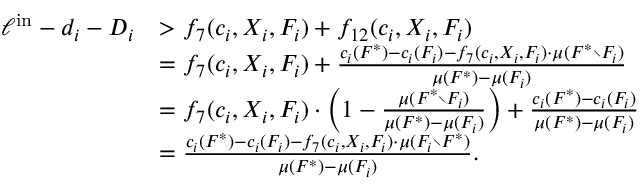
\begin{array} { r l } { \ell ^ { \mathrm { i n } } - d _ { i } - D _ { i } } & { > f _ { 7 } ( c _ { i } , X _ { i } , F _ { i } ) + f _ { 1 2 } ( c _ { i } , X _ { i } , F _ { i } ) } \\ { } & { = f _ { 7 } ( c _ { i } , X _ { i } , F _ { i } ) + \frac { c _ { i } ( F ^ { * } ) - c _ { i } ( F _ { i } ) - f _ { 7 } ( c _ { i } , X _ { i } , F _ { i } ) \cdot \mu ( F ^ { * } \setminus F _ { i } ) } { \mu ( F ^ { * } ) - \mu ( F _ { i } ) } } \\ { } & { = f _ { 7 } ( c _ { i } , X _ { i } , F _ { i } ) \cdot \left( 1 - \frac { \mu ( F ^ { * } \setminus F _ { i } ) } { \mu ( F ^ { * } ) - \mu ( F _ { i } ) } \right) + \frac { c _ { i } ( F ^ { * } ) - c _ { i } ( F _ { i } ) } { \mu ( F ^ { * } ) - \mu ( F _ { i } ) } } \\ { } & { = \frac { c _ { i } ( F ^ { * } ) - c _ { i } ( F _ { i } ) - f _ { 7 } ( c _ { i } , X _ { i } , F _ { i } ) \cdot \mu ( F _ { i } \setminus F ^ { * } ) } { \mu ( F ^ { * } ) - \mu ( F _ { i } ) } . } \end{array}